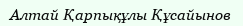
Алтай Қарпықұлы Құсайынов